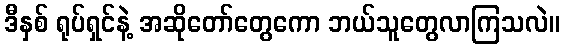
ဒီနှစ် ရုပ်ရှင်နဲ့ အဆိုတော်တွေကော ဘယ်သူတွေလာကြသလဲ။